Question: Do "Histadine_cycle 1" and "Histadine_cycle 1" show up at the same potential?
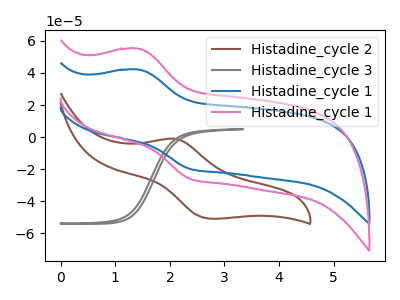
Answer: <think>The brown curve "Histadine_cycle 2" has an anodic peak at (2.10V, -1.00uA) and a cathodic peak at (2.75V, -50.80uA). The gray curve "Histadine_cycle 3" has no peaks. The blue curve "Histadine_cycle 1" has an anodic peak at (1.40V, 42.15uA) and a cathodic peak at (2.40V, -19.85uA). The pink curve "Histadine_cycle 1" has an anodic peak at (1.40V, 55.15uA) and a cathodic peak at (2.40V, -26.00uA).
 All the peaks in "Histadine_cycle 1" have a peak in "Histadine_cycle 1" at the same potential. Every peak in "Histadine_cycle 1" is lower than every peak in "Histadine_cycle 1".</think>
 <answer>"Histadine_cycle 1" and "Histadine_cycle 1" are similar in shape.</answer>
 <eval>same_shape</eval>